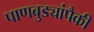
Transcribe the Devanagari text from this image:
पाणबुड्यांपैकी